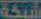
شبكة